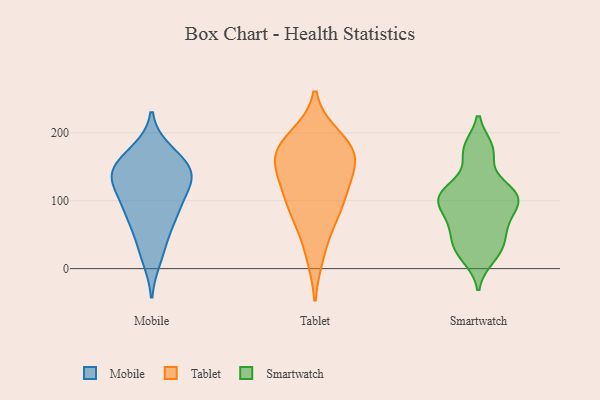
{"axis": {"x": "Latency (ms)", "y": "Value"}, "legend": ["Mobile", "Smartwatch", "Tablet"], "data": [{"x": "", "y": 133, "type": "Mobile"}, {"x": "", "y": 137, "type": "Mobile"}, {"x": "", "y": 73, "type": "Mobile"}, {"x": "", "y": 78, "type": "Mobile"}, {"x": "", "y": 164, "type": "Mobile"}, {"x": "", "y": 141, "type": "Mobile"}, {"x": "", "y": 172, "type": "Mobile"}, {"x": "", "y": 125, "type": "Mobile"}, {"x": "", "y": 137, "type": "Mobile"}, {"x": "", "y": 100, "type": "Mobile"}, {"x": "", "y": 16, "type": "Mobile"}, {"x": "", "y": 150, "type": "Mobile"}, {"x": "", "y": 38, "type": "Mobile"}, {"x": "", "y": 87, "type": "Mobile"}, {"x": "", "y": 85, "type": "Tablet"}, {"x": "", "y": 178, "type": "Tablet"}, {"x": "", "y": 132, "type": "Tablet"}, {"x": "", "y": 193, "type": "Tablet"}, {"x": "", "y": 181, "type": "Tablet"}, {"x": "", "y": 102, "type": "Tablet"}, {"x": "", "y": 69, "type": "Tablet"}, {"x": "", "y": 21, "type": "Tablet"}, {"x": "", "y": 167, "type": "Tablet"}, {"x": "", "y": 161, "type": "Tablet"}, {"x": "", "y": 114, "type": "Tablet"}, {"x": "", "y": 154, "type": "Tablet"}, {"x": "", "y": 88, "type": "Smartwatch"}, {"x": "", "y": 110, "type": "Smartwatch"}, {"x": "", "y": 69, "type": "Smartwatch"}, {"x": "", "y": 107, "type": "Smartwatch"}, {"x": "", "y": 27, "type": "Smartwatch"}, {"x": "", "y": 176, "type": "Smartwatch"}, {"x": "", "y": 111, "type": "Smartwatch"}, {"x": "", "y": 32, "type": "Smartwatch"}, {"x": "", "y": 56, "type": "Smartwatch"}, {"x": "", "y": 102, "type": "Smartwatch"}, {"x": "", "y": 67, "type": "Smartwatch"}, {"x": "", "y": 174, "type": "Smartwatch"}, {"x": "", "y": 96, "type": "Smartwatch"}, {"x": "", "y": 111, "type": "Smartwatch"}, {"x": "", "y": 116, "type": "Smartwatch"}, {"x": "", "y": 35, "type": "Smartwatch"}, {"x": "", "y": 17, "type": "Smartwatch"}, {"x": "", "y": 172, "type": "Smartwatch"}]}